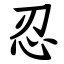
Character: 忍